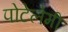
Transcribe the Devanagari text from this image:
पोटेलेमी